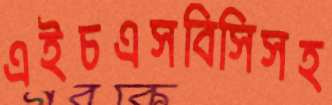
এইচএসবিসিসহ